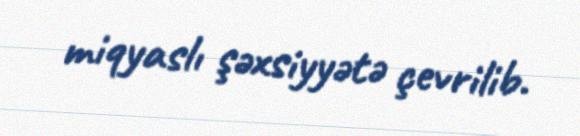
miqyaslı şəxsiyyətə çevrilib.